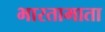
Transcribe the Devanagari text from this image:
भारतामाता